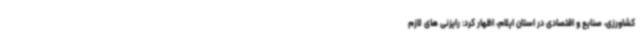
کشاورزی، صنایع و اقتصادی در استان ایلام، اظهار کرد: رایزنی های لازم